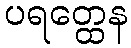
ပရတ္ထေန